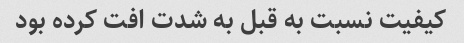
کیفیت نسبت به قبل به شدت افت کرده بود